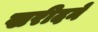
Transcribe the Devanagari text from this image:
खरीदनें